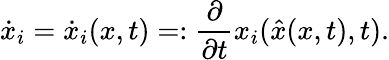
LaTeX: \dot{x}_{i}=\dot{x}_{i}(x,t)=:\frac{\partial}{\partial t}x_{i}(\hat{x}(x,t),t).